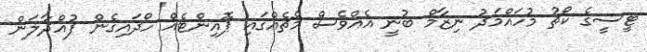
ޓީސީގެ ކޯޗު މުހައްމަދު ނިޒާމް ބުނީ އެއްވެސް މެޗެއްގައި ޕޮއިންޓެއް ހޯދައިގެން ފުއްދާލަން